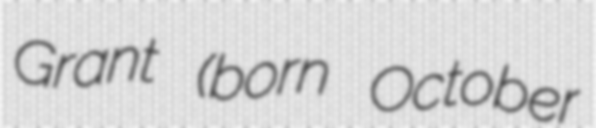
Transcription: Grant (born October